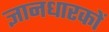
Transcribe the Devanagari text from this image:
ज्ञानधारकों